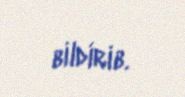
bildirib.